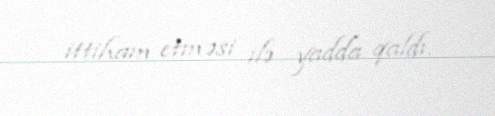
ittiham etməsi ilə yadda qaldı.